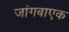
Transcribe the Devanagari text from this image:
जांगबाएक